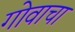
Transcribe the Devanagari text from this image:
गोवाचा